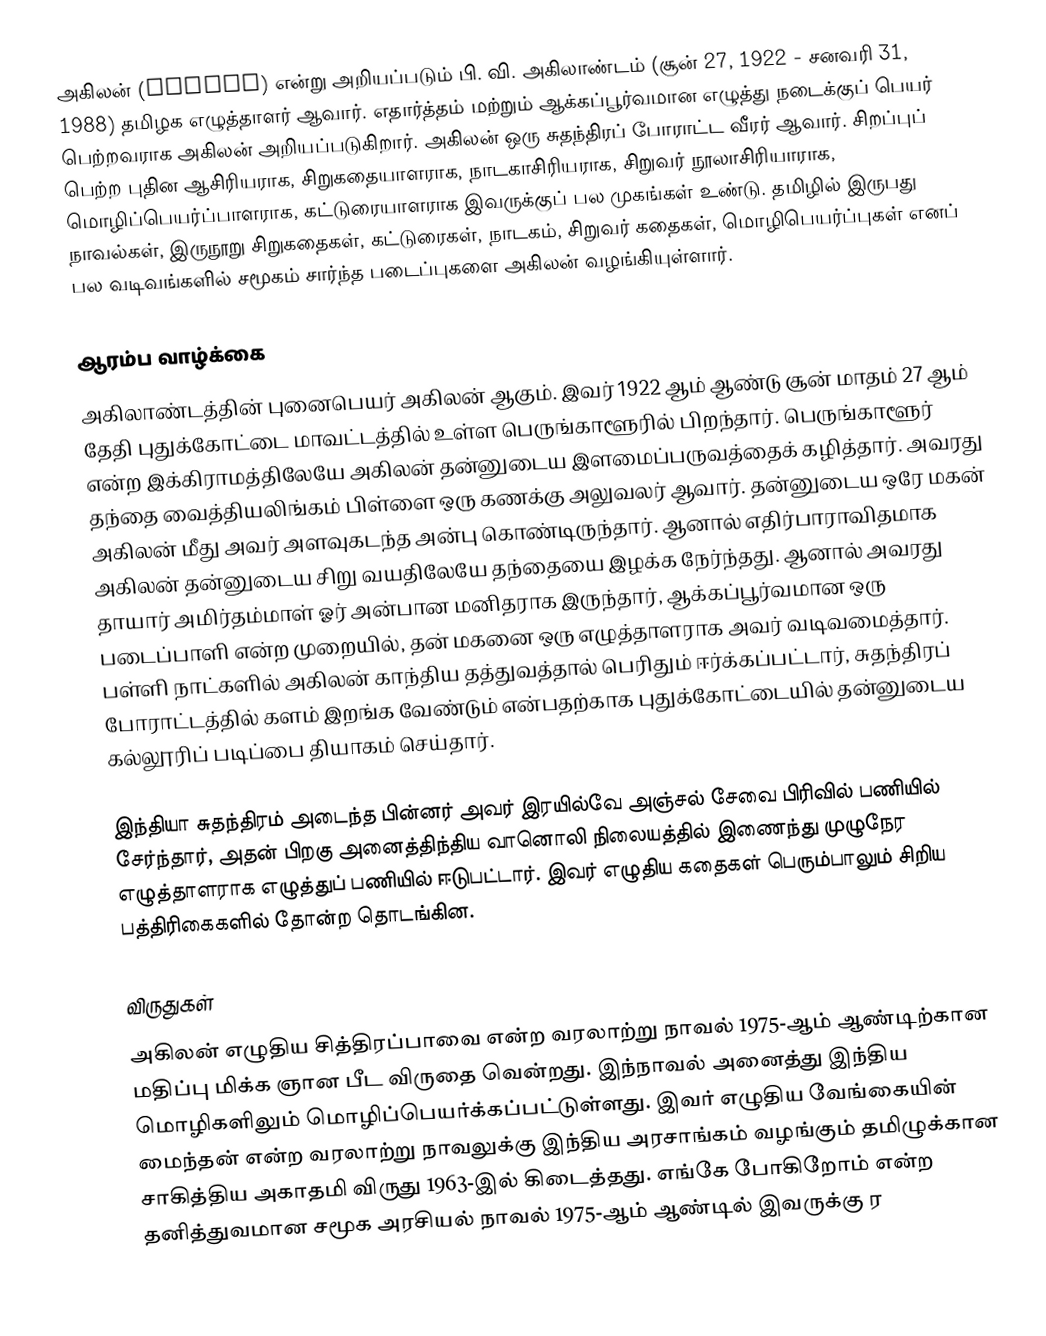
அகிலன் (Akilan) என்று அறியப்படும் பி. வி. அகிலாண்டம் (சூன் 27, 1922 - சனவரி 31, 1988) தமிழக எழுத்தாளர் ஆவார். எதார்த்தம் மற்றும் ஆக்கப்பூர்வமான எழுத்து நடைக்குப் பெயர் பெற்றவராக அகிலன் அறியப்படுகிறார். அகிலன் ஒரு சுதந்திரப் போராட்ட வீரர் ஆவார். சிறப்புப் பெற்ற புதின ஆசிரியராக, சிறுகதையாளராக, நாடகாசிரியராக, சிறுவர் நூலாசிரியாராக, மொழிப்பெயர்ப்பாளராக, கட்டுரையாளராக  இவருக்குப் பல முகங்கள் உண்டு. தமிழில் இருபது நாவல்கள், இருநூறு சிறுகதைகள், கட்டுரைகள், நாடகம், சிறுவர் கதைகள், மொழிபெயர்ப்புகள் எனப் பல வடிவங்களில் சமூகம் சார்ந்த படைப்புகளை அகிலன் வழங்கியுள்ளார்.

ஆரம்ப வாழ்க்கை
அகிலாண்டத்தின் புனைபெயர் அகிலன் ஆகும். இவர் 1922 ஆம் ஆண்டு சூன் மாதம் 27 ஆம் தேதி புதுக்கோட்டை மாவட்டத்தில் உள்ள பெருங்காளூரில் பிறந்தார். பெருங்காளூர் என்ற இக்கிராமத்திலேயே அகிலன் தன்னுடைய இளமைப்பருவத்தைக் கழித்தார். அவரது தந்தை வைத்தியலிங்கம் பிள்ளை ஒரு கணக்கு அலுவலர் ஆவார். தன்னுடைய ஒரே மகன் அகிலன் மீது அவர் அளவுகடந்த அன்பு கொண்டிருந்தார். ஆனால் எதிர்பாராவிதமாக அகிலன் தன்னுடைய சிறு வயதிலேயே தந்தையை இழக்க நேர்ந்தது. ஆனால் அவரது தாயார் அமிர்தம்மாள் ஓர் அன்பான மனிதராக இருந்தார், ஆக்கப்பூர்வமான ஒரு படைப்பாளி என்ற முறையில், தன் மகனை ஒரு எழுத்தாளராக அவர் வடிவமைத்தார். பள்ளி நாட்களில் அகிலன் காந்திய தத்துவத்தால் பெரிதும் ஈர்க்கப்பட்டார், சுதந்திரப் போராட்டத்தில் களம் இறங்க வேண்டும் என்பதற்காக  புதுக்கோட்டையில் தன்னுடைய கல்லூரிப் படிப்பை தியாகம் செய்தார்.

இந்தியா சுதந்திரம் அடைந்த பின்னர் அவர் இரயில்வே அஞ்சல் சேவை பிரிவில் பணியில் சேர்ந்தார், அதன் பிறகு அனைத்திந்திய வானொலி நிலையத்தில் இணைந்து முழுநேர எழுத்தாளராக எழுத்துப் பணியில் ஈடுபட்டார். இவர் எழுதிய கதைகள் பெரும்பாலும் சிறிய பத்திரிகைகளில் தோன்ற தொடங்கின.

விருதுகள்
அகிலன் எழுதிய சித்திரப்பாவை என்ற வரலாற்று நாவல் 1975-ஆம் ஆண்டிற்கான மதிப்பு மிக்க ஞான பீட விருதை வென்றது.  இந்நாவல் அனைத்து இந்திய மொழிகளிலும் மொழிப்பெயர்க்கப்பட்டுள்ளது. இவர் எழுதிய வேங்கையின் மைந்தன் என்ற வரலாற்று நாவலுக்கு இந்திய அரசாங்கம் வழங்கும் தமிழுக்கான சாகித்திய அகாதமி விருது 1963-இல் கிடைத்தது. எங்கே போகிறோம்  என்ற தனித்துவமான சமூக அரசியல் நாவல் 1975-ஆம் ஆண்டில் இவருக்கு ர